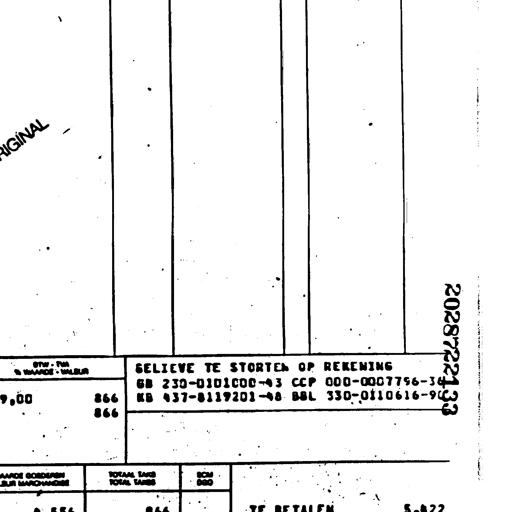
ORIGINAL
BTW - TVA
WAARDE - VALEUR
9,00
866
866
GELIEVE TE STORTEN OP REKENING
GB 230-0101000-43 CCP 000-0007756-34
KB 437-8119201-48 BBL 330-0110616-90
2028722133
WAARDE GOEDEREN
VALEUR MARCHANDISE
TOTAAL TAKS
TOTAL TAXES
BCM
BGG
8,556
866
TE BETALEN
9,422